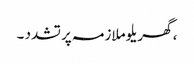
، گھریلو ملازمہ پر تشدد ۔